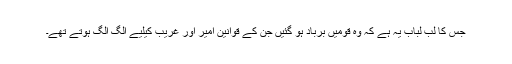
جس کا لب لباب یہ ہے کہ وہ قومیں برباد ہو گئیں جن کے قوانین امیر اور غریب کیلیے الگ الگ ہوتے تھے۔